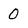
Character: 0